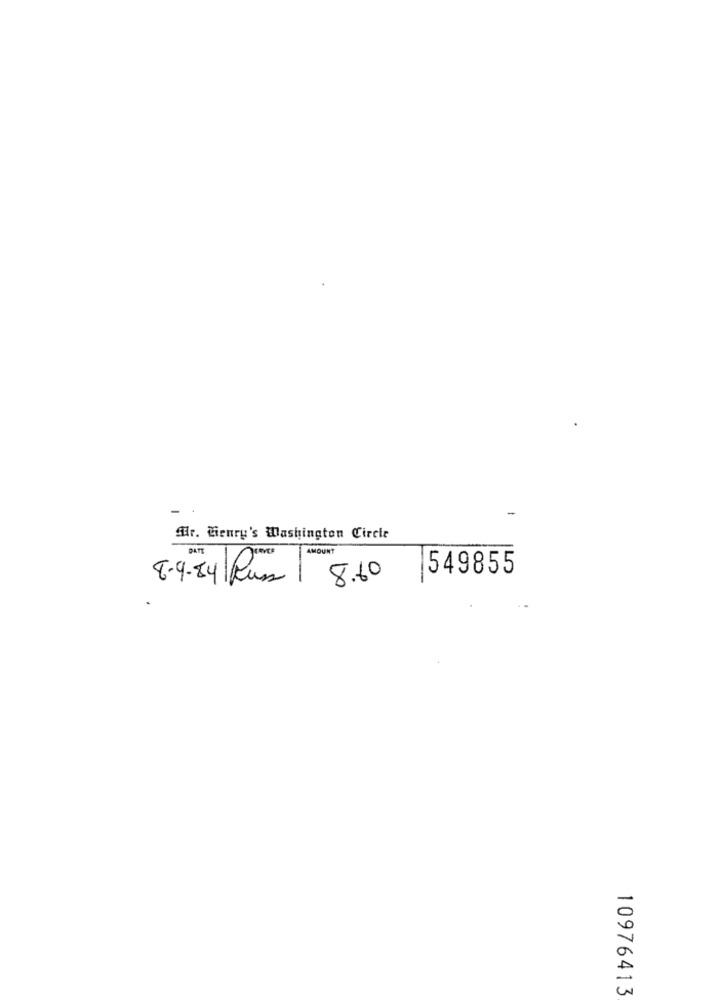
Ar. Cienry's Washington Circle
DATE
AMOUNT
549855
8.9 -84 Russ
8.60
10976413